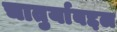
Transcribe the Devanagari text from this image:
चातुर्याबद्दल